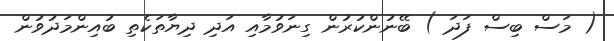
( މަސް ބިސް ފަދަ ) ބޭނުންކުރުން ގިނަވުމާއި އަދި ދިޔާތަކެތި ބުއިންމަދުވުން